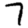
Digit: 7